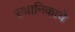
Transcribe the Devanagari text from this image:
स्थानिकांचे